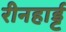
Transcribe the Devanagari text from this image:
रीनहार्ड्ट